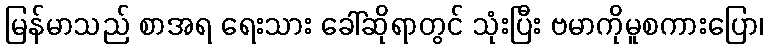
မြန်မာသည် စာအရ ရေးသား ခေါ်ဆိုရာတွင် သုံးပြီး ဗမာကိုမူစကားပြော၊